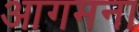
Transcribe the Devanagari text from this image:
आगमना